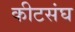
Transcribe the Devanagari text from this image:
कीटसंघ